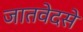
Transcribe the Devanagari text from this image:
जातवेदसे